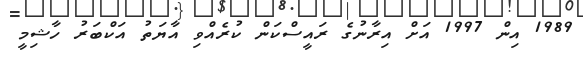
1989 އިން 1997 އަށް އިރާނުގެ ރައީސްކަން ކުރެއްވި އާޔަތު އަކްބަރު ހާޝިމީ